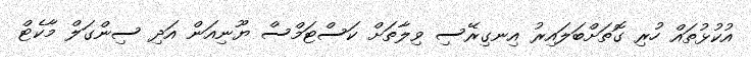
އުކުޅުތައް ހުރި ގޮތަށްބަލައިރު އިނގިރޭސި ވިލާތަށް ކަސްޓަމްސް ޔޫނިއަން އަދި ސިންގަލް މާކެޓް